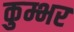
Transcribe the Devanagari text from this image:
कुम्भर